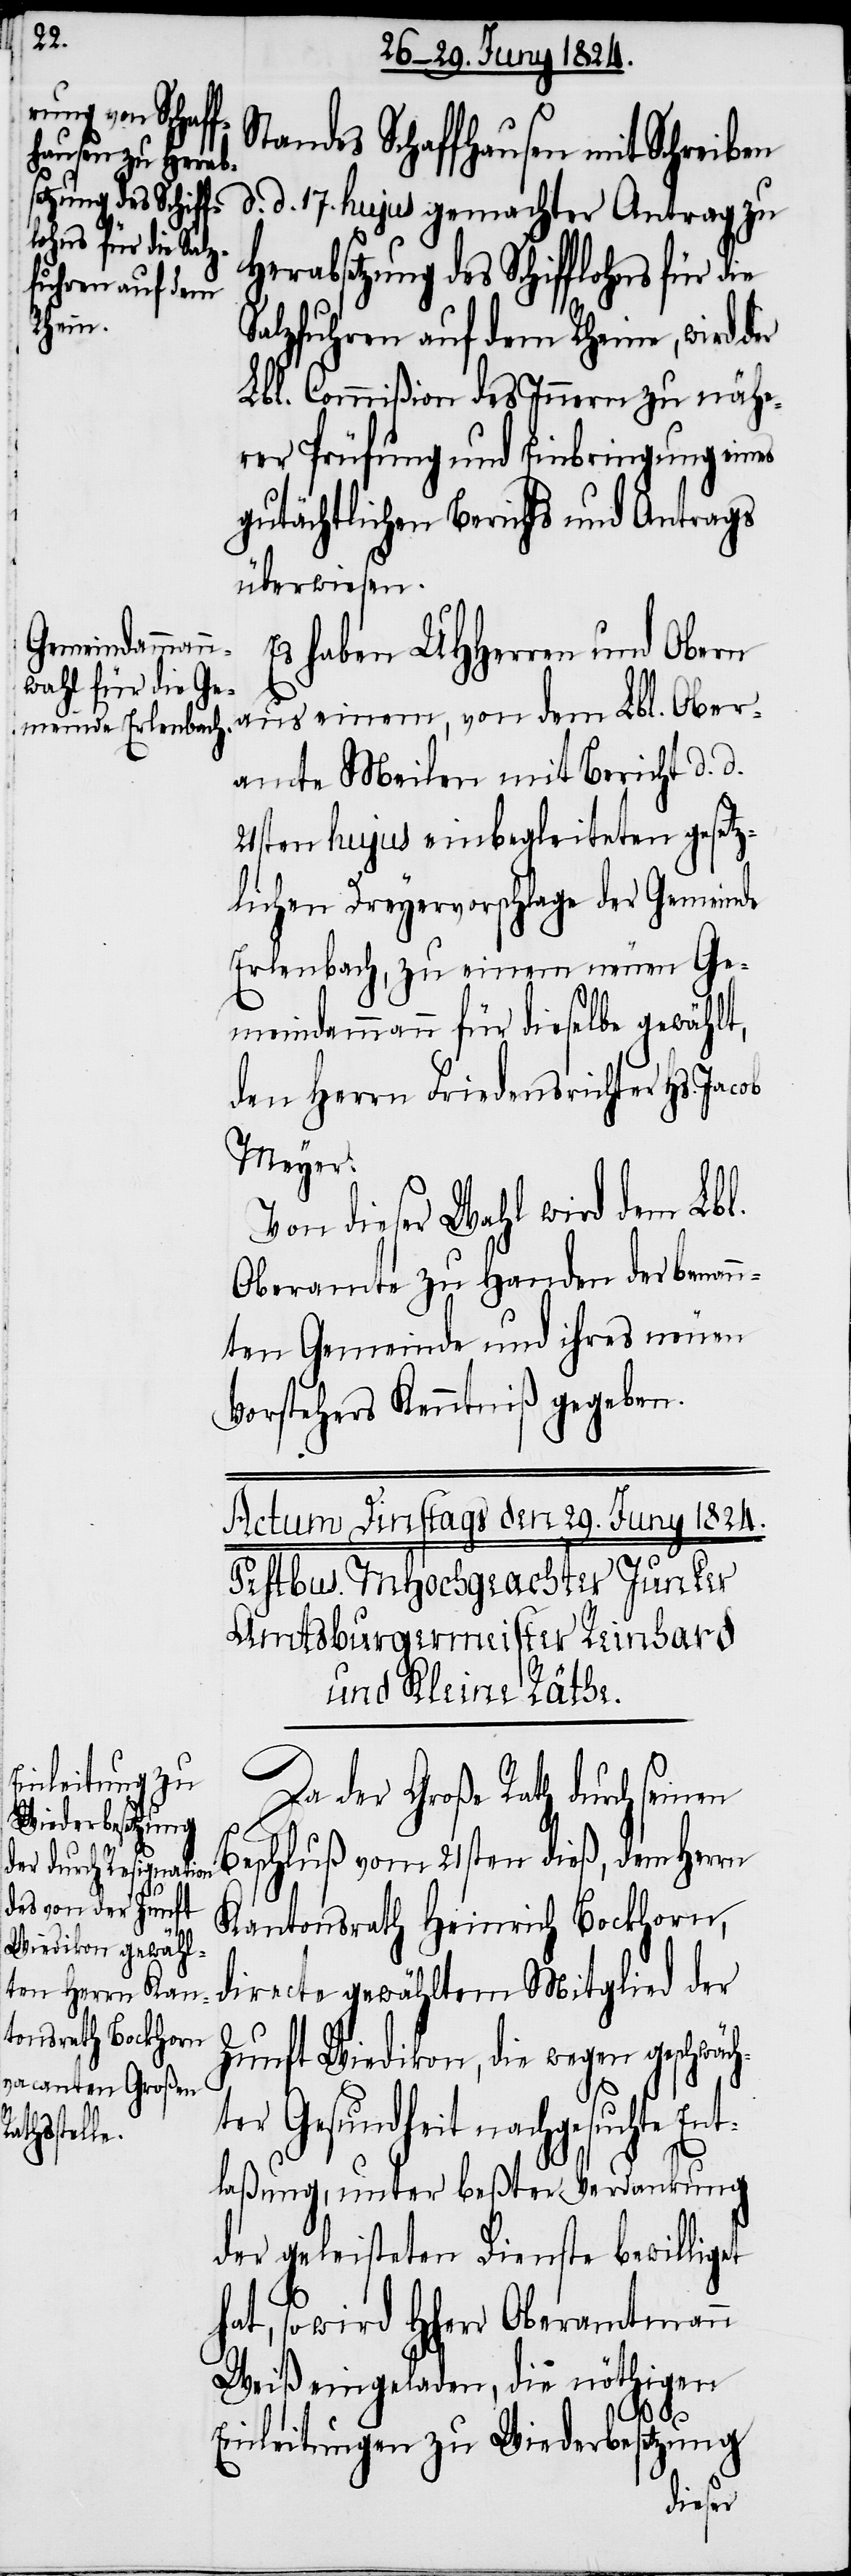
Standes Schaffhausen mit Schreiben
etzung des Schiff¬
d. d. 17. hujus gemachter Antrag zu
lohns für die S¬
alzfuhren auf dem Rheine, wird der
Lbl. Commißion des Innern zu nähe¬
rer Prüfung und Einbringung eines
gutächtlichen Berichts und Antrags
überwiesen.
haben UHHerren und Obern
aus einem, von dem Lbl. Ober¬
amte Meilen mit Bericht d. d.
21sten hujus einbegleiteten gesetz¬
lichen Dreyervorschlages der Gemeinde
Erlenbach, zu einem neuen Ge¬
meindammann für dieselbe gewählt,
den Herrn Friedensrichter Hs. Jacob
Meyer.
Von dieser Wahl wird dem Lbl.
Oberamte zu Handen der benann¬
ten Gemeinden und ihres neuen
Vorstehers Kenntniß gegeben.
Da der Große Rath durch se¬
Beschluß vom 21sten dieß, dem Herrn
Kantonsrath Heinrich Bockhorn,
Zunft Wiedikon, die wegen geschwä¬
ter Gesundheit nachgesuchte Ent¬
laßung, unter beßter Verdankung
der geleisteten Dienste bewilligt
hat, so wird HHerr Oberamtmann
Weiß eingeladen, die nöthigen
ch¬
Einleitungen zu Wiederbesetzung
inen